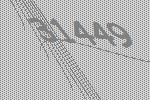
31449